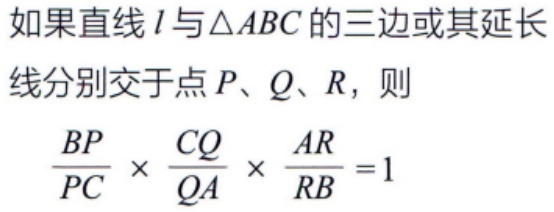
如果直线 \(l\) 与\(\triangle ABC\) 的三边或其延长线分别交于点 \(P\)、\(Q\)、\(R\)，则
\(\frac{BP}{PC} \times \frac{CQ}{QA} \times \frac{AR}{RB} = 1\)